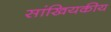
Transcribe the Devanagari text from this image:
सांखियकीय